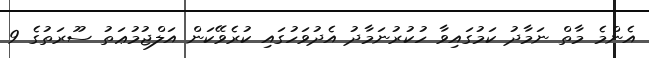
އެންމެ މާތް ނަމާދު ކަމުގައިވާ ހުކުރުނަމާދު އެދުވަހުގައި ކުރެވޭކަން އަލްޖުމުޢަތު ސޫރަތުގެ 9